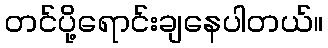
တင်ပို့ရောင်းချနေပါတယ်။